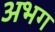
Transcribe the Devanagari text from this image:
अभग